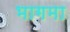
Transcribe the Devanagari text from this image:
भागमा